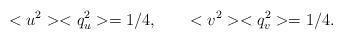
LaTeX: \begin{align*}<u^{2}><q_{u}^{2}> = 1/4 , \qquad <v^{2}><q_{v}^{2}> = 1/4 .\end{align*}